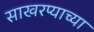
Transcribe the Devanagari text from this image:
साखरप्याच्या